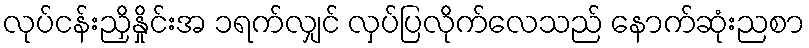
လုပ်ငန်းညှိနှိုင်းအ ၁ရက်လျှင် လှပ်ပြလိုက်လေသည် နောက်ဆုံးညစာ